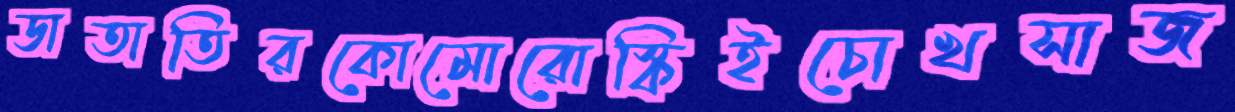
ডাতাতিরকোমোরোস্কিইচোখসাজ